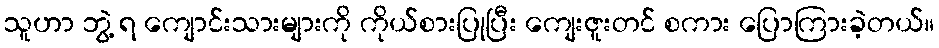
သူဟာ ဘွဲ့ ရ ကျောင်းသားများကို ကိုယ်စားပြုပြီး ကျေးဇူးတင် စကား ပြောကြားခဲ့တယ်။